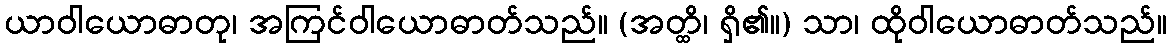
ယာဝါယောဓာတု၊ အကြင်ဝါယောဓာတ်သည်။ (အတ္ထိ၊ ရှိ၏။) သာ၊ ထိုဝါယောဓာတ်သည်။